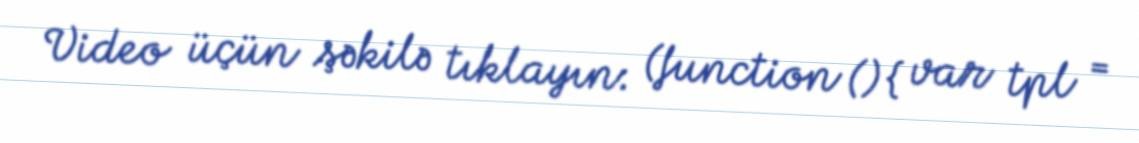
Video üçün şəkilə tıklayın: (function () { var tpl =